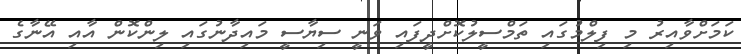
ކަމަށްވާއިރު މި ފިލްމުގައި ތަމްސީލުކޮށްދީފައި ވަނީ ސިޔާސީ މައިދާނުގައި ލިންކޮން އާއި އޭނާގެ